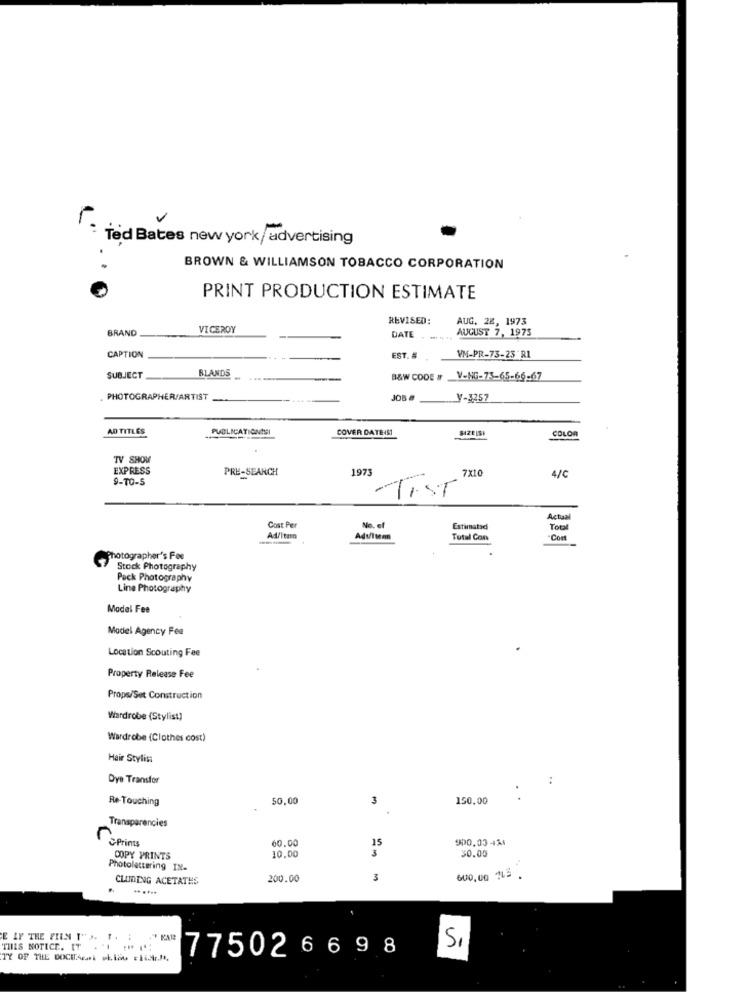
: Ted Bates new york/ advertising
BROWN & WILLIAMSON TOBACCO CORPORATION
PRINT PRODUCTION ESTIMATE
REVISED:
AUG. 28, 1973
BRAND
VICEROY
AUGUST 7, 1975
DATE
VM-PR-73-23 RI
CAPTION
EST. #
BLANDS
SUBJECT
B&W CODE #
V-NG-75-65-66-67
PHOTOGRAPHER/ARTIST
V-3257
AD TITLES
PUBLICATIONISI
COVER DATEIST
SIZEISI
COLOR
TV SHOW
EXPRESS
PRE-SEARCH
1973
7x10
9-TO-5
4/C
ATIST
Actu
Cost Per
No. of
Estimated
Total
Ad/Itaro
Adulta
Total Con
.Com
Photographer's Fee
Stock Photography
Pack Photography
Line Photography
Model Fee
Model Agency Fee
Location Scouting Fee
Property Release Fee
Props/Set Construction
Wardrobe (Stylist]
Wardrobe (Clothes cost)
Hair Stylist
Dye Transfor
:
Re-Touching
50,00
3
150,00
. .
Transparencies
Deprimes
900.00 4%
60.00
10.00
30.00
COPY PRINTS
Photolettering IN-
600,00 TL5
CLUDING ACETATES
200.00
3
2 .
.. ....
THIS NOTICE. IT . "I " "
SI
TY OF THE DOCIAcmt blau lidt.ft.
77502 669 8